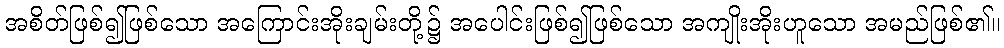
အစိတ်ဖြစ်၍ဖြစ်သော အကြောင်းအိုးချမ်းတို့၌ အပေါင်းဖြစ်၍ဖြစ်သော အကျိုးအိုးဟူသော အမည်ဖြစ်၏။